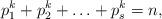
LaTeX: \begin{align*}p_1^k+p_2^k+\ldots +p_s^k=n,\end{align*}